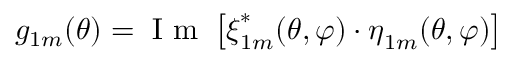
g _ { 1 m } ( \theta ) = \mathrm { ~ I ~ m ~ } \left[ \boldsymbol { \xi } _ { 1 m } ^ { * } ( \theta , \varphi ) \cdot \boldsymbol { \eta } _ { 1 m } ( \theta , \varphi ) \right]